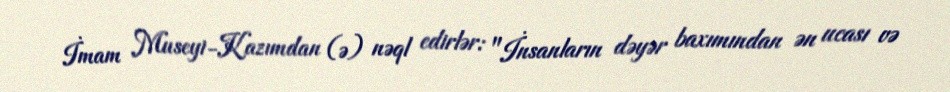
İmam Museyi-Kazımdan (ə) nəql edirlər: "İnsanların dəyər baxımından ən ucası və